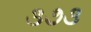
૩૭૩